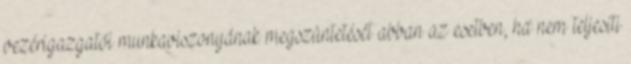
vezérigazgatói munkaviszonyának megszüntetését abban az esetben, ha nem teljesíti